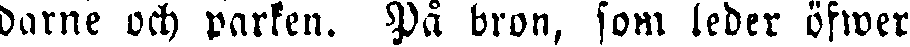
darne och parken. På bron, som leder öfwer